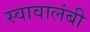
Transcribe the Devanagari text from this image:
स्वावालंबी